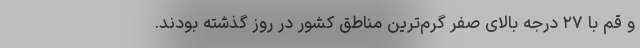
و قم با ۲۷ درجه بالای صفر گرم‌ترین مناطق کشور در روز گذشته بودند.